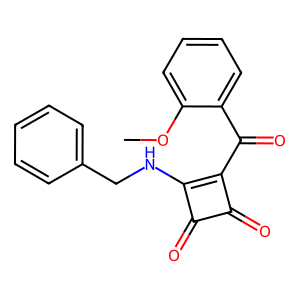
SMILES: COc1ccccc1C(=O)c1c(NCc2ccccc2)c(=O)c1=O
Inhibits HIV replication: No